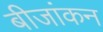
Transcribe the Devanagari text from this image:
बीजांकन